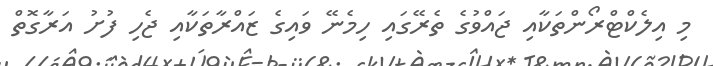
މި އިލެކްޓްރޯންތަކާއި ޖައްވުގެ ތެރޭގައި ހިމެނޭ ވައިގެ ޒައްރާތަކާއި ޖެހި ފުށު އަރާގޮތް